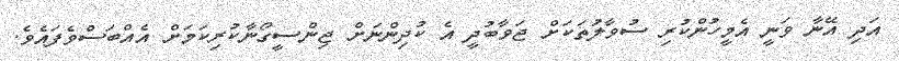
އަދި އޭނާ ވަނީ އެމީހުންކުރި ސުވާލުތަކަށް ޖަވާބުދީ އެ ކުދިންނަށް ޖިންސީގޯނާކުރިކަމަށް އެއްބަސްވެފައެވެ.